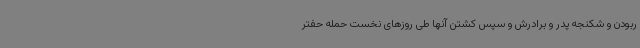
ربودن و شکنجه پدر و برادرش و سپس کشتن آنها طی روزهای نخست حمله حفتر